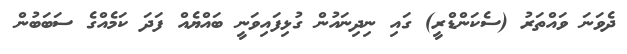
ދެވަނަ ވައްތަރު (ސެކަންޑްރީ) ގައި ނިދިނައުން ގުޅިފައިވަނީ ބައްޔެއް ފަދަ ކަމެއްގެ ސަބަބުން